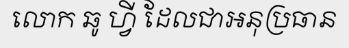
លោក ឆូ ហ្វី ដែលជាអនុប្រធាន